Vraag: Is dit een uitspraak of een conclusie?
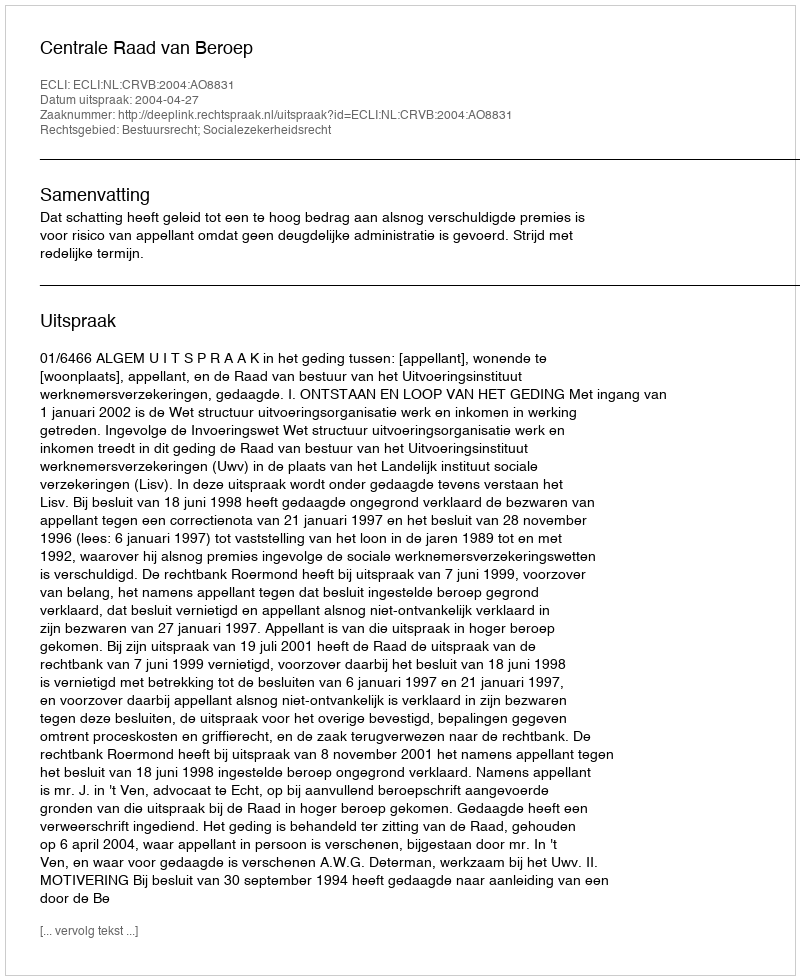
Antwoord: Uitspraak